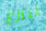
ينتزع